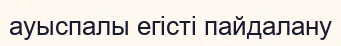
ауыспалы егісті пайдалану